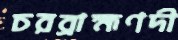
চরব্রাহ্মণদী